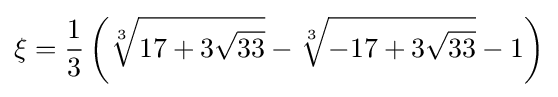
\xi ={\frac {1}{3}}\left({\sqrt[{3}]{17+3{\sqrt {33}}}}-{\sqrt[{3}]{-17+3{\sqrt {33}}}}-1\right)